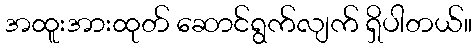
အထူးအားထုတ် ဆောင်ရွက်လျက် ရှိပါတယ်။